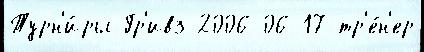
Турн'и́ры Гр'ивз 2006-06-17 тр'е́н'ер